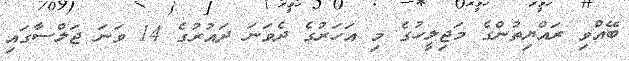
ބޭއްވި ރައްޔިތުންގެ މަޖިލީހުގެ މި އަހަރުގެ ދެވަނަ ދައުރުގެ 14 ވަނަ ޖަލްސާގައި